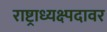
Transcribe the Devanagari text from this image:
राष्ट्राध्यक्ष्पदावर